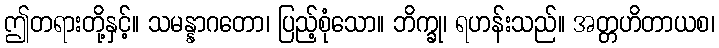
ဤတရားတို့နှင့်။ သမန္နာဂတော၊ ပြည့်စုံသော။ ဘိက္ခု၊ ရဟန်းသည်။ အတ္တဟိတာယစ၊